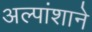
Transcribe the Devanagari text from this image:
अल्पांशाने